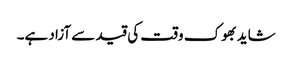
شاید بھوک وقت کی قید سے آزاد ہے۔